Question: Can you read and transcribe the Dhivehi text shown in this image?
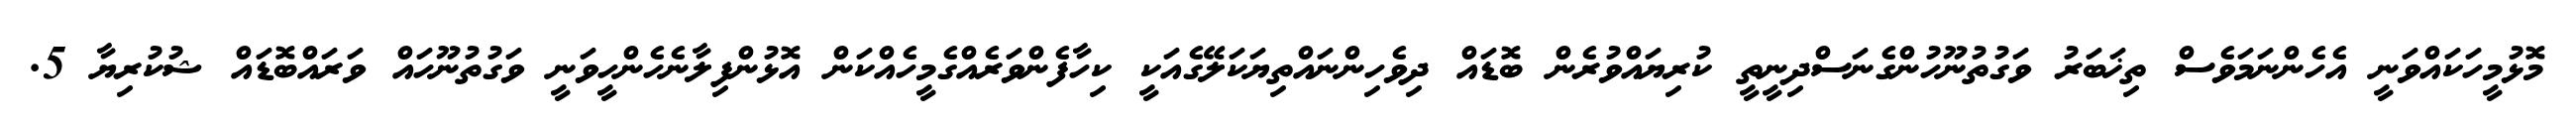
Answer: މޮޅުމީހަކައްވަނީ އެހެންނަމަވެސް ތިޚަބަރު ވަގުތުނޫހުންގެނަސްދިނީތީ ކުރިޔައްވުރެން ބޮޑައް ދިވެހިންނައްތިޔަކަލޭގެއަކީ ކިހާފެންވަރެއްގެމީހެއްކަން އޮޅުންފިލާނެހެންހީވަނީ ވަގުތުނޫހައް ވަރައްބޮޑައް ޝުކުރިޔާ 5.